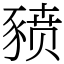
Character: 豮